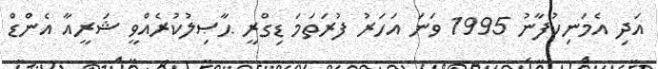
އަދި އެމަނިކުފާނު 1995 ވަނަ އަހަރު ފުރަތަމަ ޑިގްރީ ޙާޞިލުކުރެއްވީ ޝަރީއާ އެންޑް